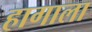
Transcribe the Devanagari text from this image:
हागाला